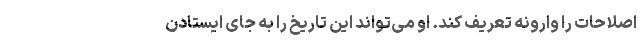
اصلاحات را وارونه تعریف کند. او می‌تواند این تاریخ را به جای ایستادن